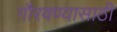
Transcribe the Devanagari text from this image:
गौरवण्यासाठी